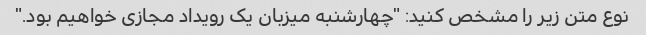
نوع متن زیر را مشخص کنید: "چهارشنبه میزبان یک رویداد مجازی خواهیم بود."